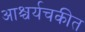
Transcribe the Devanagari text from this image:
आश्चर्यचकीत